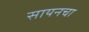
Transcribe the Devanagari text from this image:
सायनचा